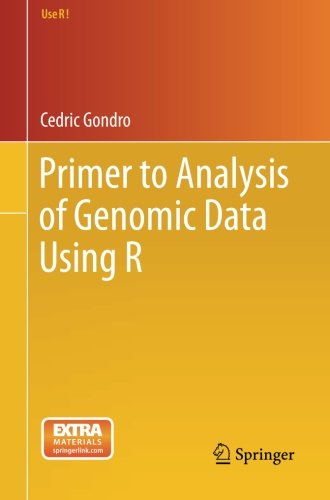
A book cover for Primer to Analysis of Genomic Data Using R (Use R!); Cedric Gondro; Computers & Technology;